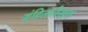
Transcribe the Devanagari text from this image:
संहितालेखक